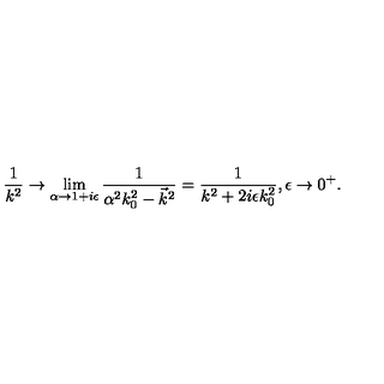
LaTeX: \frac { 1 } { k ^ { 2 } } \rightarrow \lim _ { \alpha \rightarrow 1 + i \epsilon } \frac { 1 } { \alpha ^ { 2 } k _ { 0 } ^ { 2 } - \vec { k } ^ { 2 } } = \frac { 1 } { k ^ { 2 } + 2 i \epsilon k _ { 0 } ^ { 2 } } , \epsilon \rightarrow 0 ^ { + } .